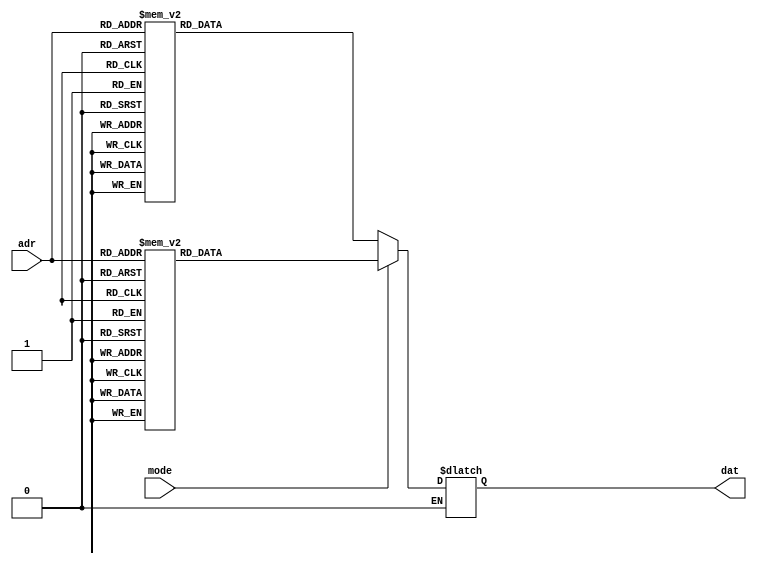
module m_rom(input [3:0] adr, input mode, output [7:0] dat);
	reg [7:0] data;
	assign dat=data;
	
	always @(adr) begin
		if (mode == 1'b1) begin
			case (adr)
				4'h0:	data=8'b11000010;	//G
				4'h1:	data=8'b11000000;	//O
				4'h2: data=8'b11000000; //O
				4'h3: data=8'b10100001;	//d
				4'h4: data=8'b10000011;	//b
				4'h5:	data=8'b10010001;	//y
				4'h6:	data=8'b10000110;	//E
				4'h7: data=8'b11111111; //SP
				4'h8:	data=8'b11000010;	//G
				4'h9:	data=8'b11000000;	//O
				4'ha: data=8'b11000000; //O
				4'hb: data=8'b10100001;	//d
				4'hc: data=8'b10000011;	//b
				4'hd:	data=8'b10010001;	//y
				4'he:	data=8'b10000110;	//E
				4'hf: data=8'b11111111; //SP
				default: data=8'hff;
			endcase
		end
		
		if (mode == 1'b0) begin
			case (adr)
				4'h0:	data=8'b10001001;	//H
				4'h1:	data=8'b10000110;	//E
				4'h2: data=8'b11000111; //L
				4'h3: data=8'b11000111;	//L
				4'h4: data=8'b11000000; //0
				4'h5:	data=8'b11111111;	//SP
				4'h6:	data=8'b11111111;	//SP
				4'h7: data=8'b11111111;	//SP
				4'h8:	data=8'b10001001;	//H
				4'h9:	data=8'b10000110;	//E
				4'ha: data=8'b11000111; //L
				4'hb: data=8'b11000111;	//L
				4'hc: data=8'b11000000; //0
				4'hd:	data=8'b11111111;	//SP
				4'he:	data=8'b11111111;	//SP
				4'hf: data=8'b11111111;	//SP
				default: data=8'hff;
			endcase
		end

	end	

endmodule